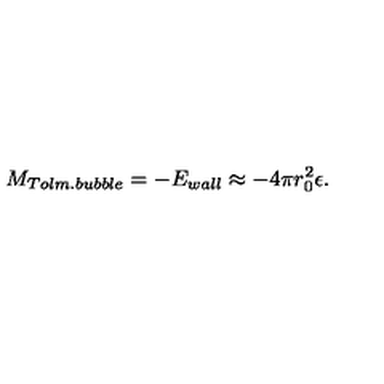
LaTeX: M _ { T o l m . b u b b l e } = - E _ { w a l l } \approx - 4 \pi r _ { 0 } ^ { 2 } \epsilon .